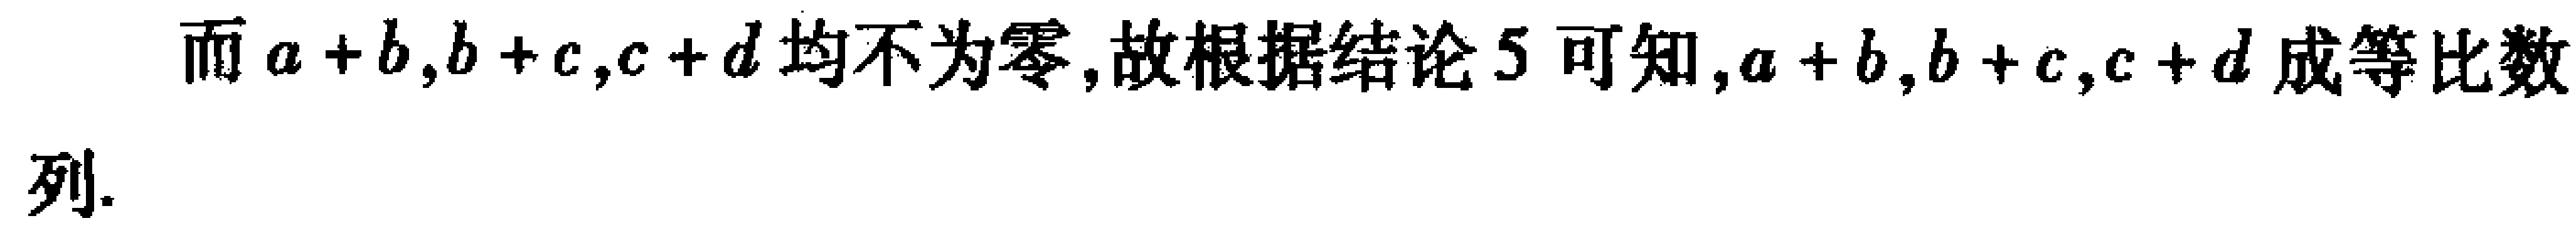
而\(a + b,b + c,c + d\)均不为零,故根据结论\(5\)可知,\(a + b,b + c,c + d\)成等比数列.